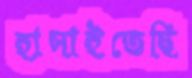
হাসাইতেছি